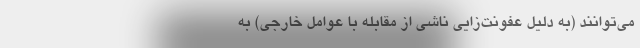
می‌توانند (به دلیل عفونت‌زایی ناشی از مقابله‌ با عوامل خارجی) به